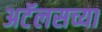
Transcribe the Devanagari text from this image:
अटॅलसच्या